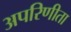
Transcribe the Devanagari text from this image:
अपरिणीता